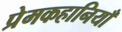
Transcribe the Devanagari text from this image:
प्रेमकहानियाँ